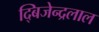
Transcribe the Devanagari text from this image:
द्बिजेन्द्रलाल